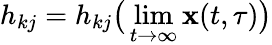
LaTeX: h_{kj}=h_{kj}\big(\operatorname*{lim}_{t\rightarrow\infty}\mathbf{x}(t,\tau)\big)